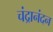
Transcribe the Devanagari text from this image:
चंद्रानंदन